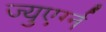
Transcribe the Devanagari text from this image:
ज्युएर्ग्न